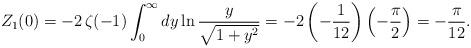
LaTeX: \begin{align*}Z_1(0)=-2\,\zeta(-1)\int_0^{\infty}dy \ln\frac{y}{\sqrt{1+y^2}}=-2\left(-\frac{1}{12}\right)\left(-\frac{\pi}{2}\right)=-\frac{\pi}{12}.\end{align*}